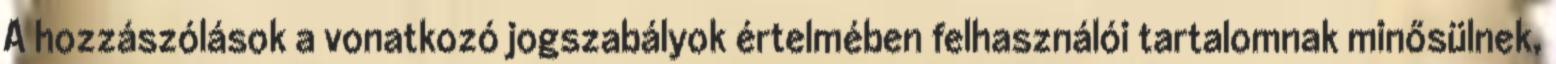
A hozzászólások a vonatkozó jogszabályok értelmében felhasználói tartalomnak minősülnek,